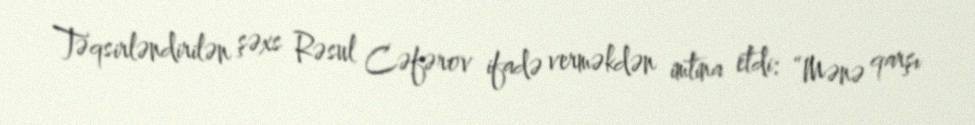
Təqsirləndirilən şəxs Rəsul Cəfərov ifadə verməkdən imtina etdi: “Mənə qarşı